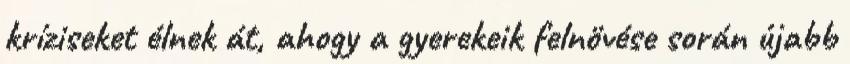
kríziseket élnek át, ahogy a gyerekeik felnövése során újabb